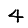
Digit: 4